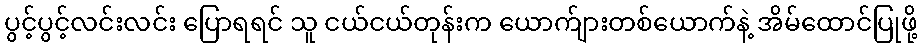
ပွင့်ပွင့်လင်းလင်း ပြောရရင် သူ ငယ်ငယ်တုန်းက ယောက်ျားတစ်ယောက်နဲ့ အိမ်ထောင်ပြုဖို့